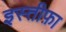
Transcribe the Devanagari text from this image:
इस्‍तीफ़ा